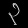
Digit: ၃